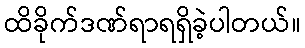
ထိခိုက်ဒဏ်ရာရရှိခဲ့ပါတယ်။